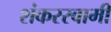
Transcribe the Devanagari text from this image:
शंकरस्वामी